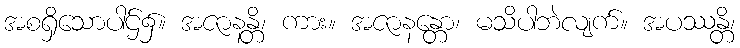
အစရှိသောပါဌ်၌။ အဇာနန္တိ၊ ကား။ အဇာနန္တော၊ မသိပါဘဲလျက်။ အပဿန္တိ၊